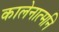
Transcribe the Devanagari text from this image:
कालेनात्मनि